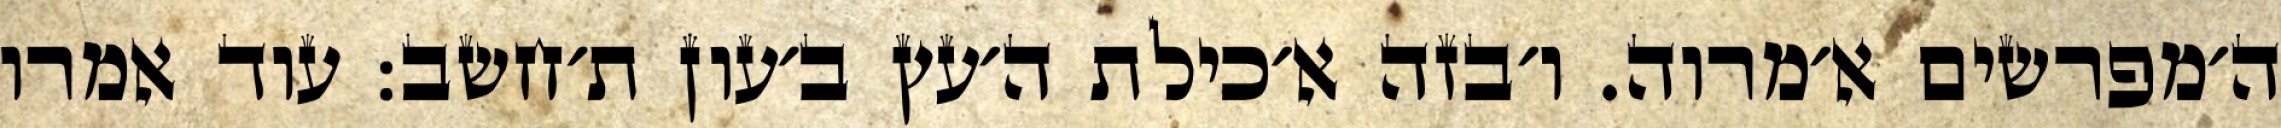
ה׳מפרשים א׳מרוה. ו׳בזה א׳כילת ה׳עץ ב׳עון ת׳חשב: עוד אמרו